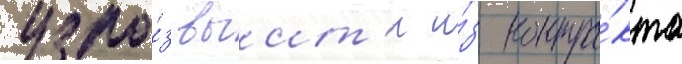
угро́з выит'и и́з контра́кта